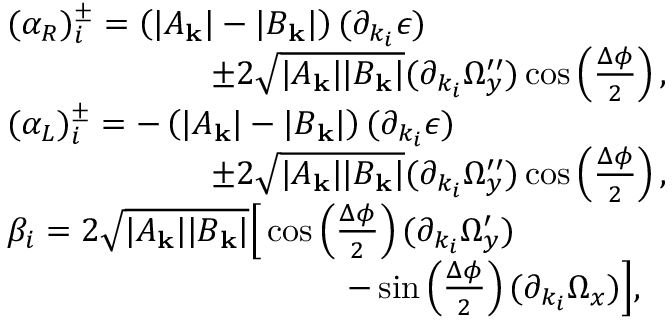
\begin{array} { r l } & { ( \alpha _ { R } ) _ { i } ^ { \pm } = \left( | A _ { \mathbf { k } } | - | B _ { \mathbf { k } } | \right) ( \partial _ { k _ { i } } \epsilon ) } \\ & { \qquad \qquad \qquad \pm 2 \sqrt { | A _ { \mathbf { k } } | | B _ { \mathbf { k } } | } ( \partial _ { k _ { i } } \Omega _ { y } ^ { \prime \prime } ) \cos \left( \frac { \Delta \phi } { 2 } \right) , } \\ & { ( \alpha _ { L } ) _ { i } ^ { \pm } = - \left( | A _ { \mathbf { k } } | - | B _ { \mathbf { k } } | \right) ( \partial _ { k _ { i } } \epsilon ) } \\ & { \qquad \qquad \qquad \pm 2 \sqrt { | A _ { \mathbf { k } } | | B _ { \mathbf { k } } | } ( \partial _ { k _ { i } } \Omega _ { y } ^ { \prime \prime } ) \cos \left( \frac { \Delta \phi } { 2 } \right) , } \\ & { \beta _ { i } = 2 \sqrt { | A _ { \mathbf { k } } | | B _ { \mathbf { k } } | } \Big [ \cos \left( \frac { \Delta \phi } { 2 } \right) ( \partial _ { k _ { i } } \Omega _ { y } ^ { \prime } ) } \\ & { \qquad \qquad \qquad \qquad \qquad - \sin \left( \frac { \Delta \phi } { 2 } \right) ( \partial _ { k _ { i } } \Omega _ { x } ) \Big ] , } \end{array}